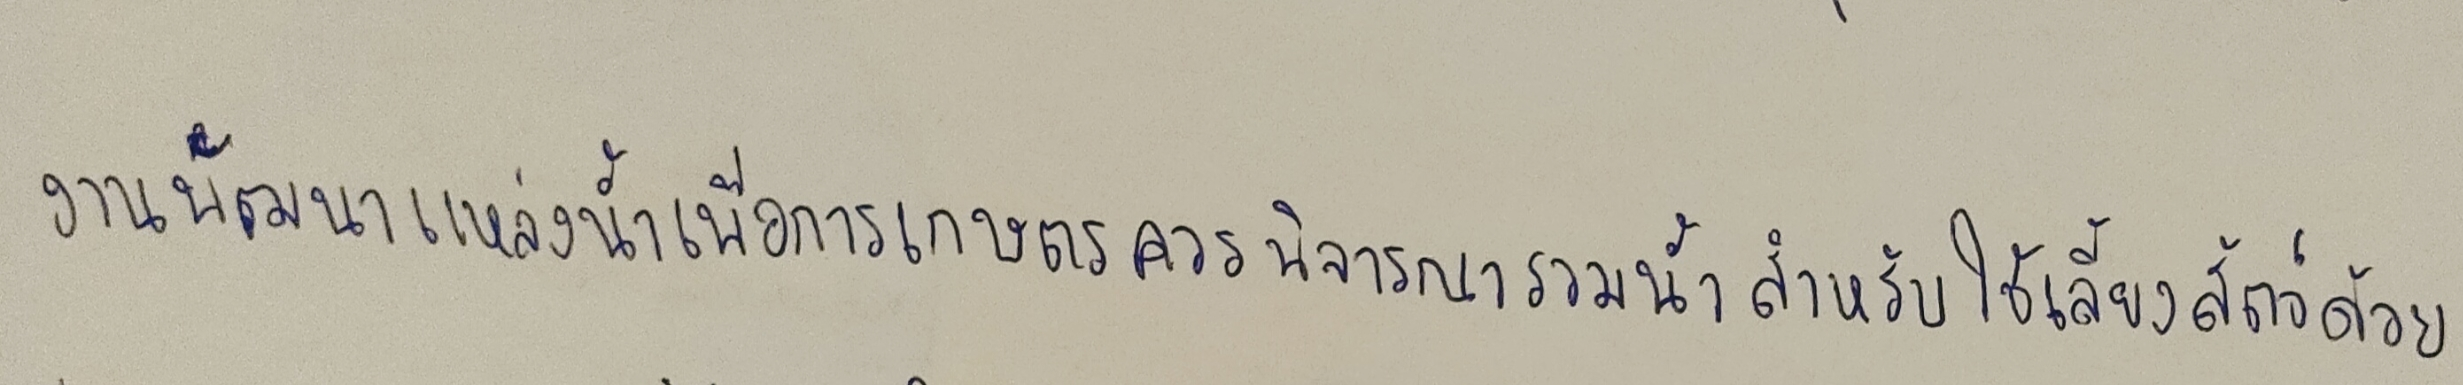
งานพัฒนาแหล่งน้ำเพื่อการเกษตรควรพิจารณารวมน้ำสำหรับใช้เลี้ยงสัตว์ด้วย